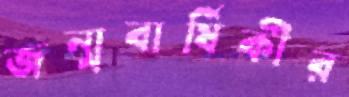
জন্মবার্ষিকীর